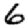
Digit: 6